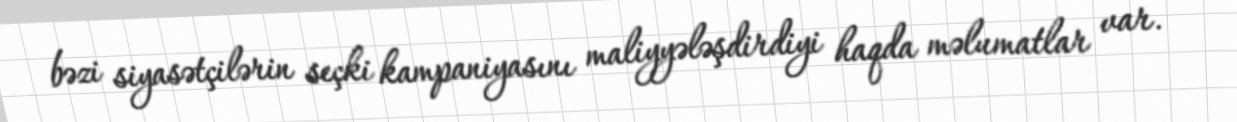
bəzi siyasətçilərin seçki kampaniyasını maliyyələşdirdiyi haqda məlumatlar var.